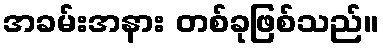
အခမ်းအနား တစ်ခုဖြစ်သည်။